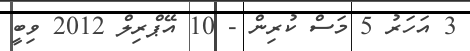
3 އަހަރު 5 މަސް ކުރިން - 10 އޭޕްރިލް 2012 ވިބީ